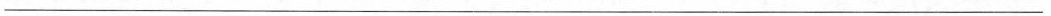
___